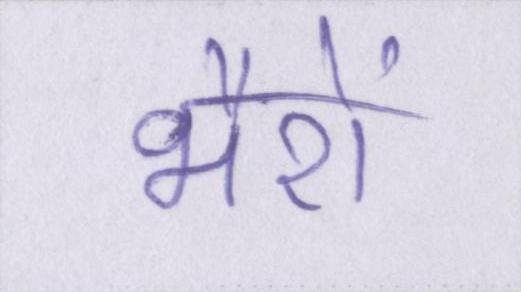
भैरों